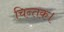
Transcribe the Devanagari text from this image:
चिन्तक।